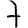
Digit: 7